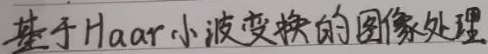
基于Haar小波变换的图像处理